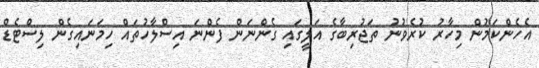
އެހެންކަމުން މިހާރު ކުރެވުނު ތަޖުރިބާގެ އަލީގައި ގެންނަން ފެންނަ އިސްލާހުތައް ހިމަނައިގެން ލިސްޓެޑް